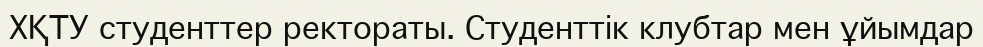
ХҚТУ студенттер ректораты. Студенттік клубтар мен ұйымдар